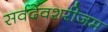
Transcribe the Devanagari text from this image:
सर्वदेवशरीजम